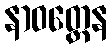
နာဝတ္တေန